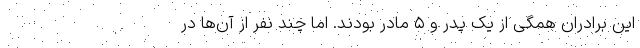
این برادران همگی از یک پدر و ۵ مادر بودند. اما چند نفر از آن‌ها در